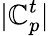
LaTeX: |\mathbb{C}_{p}^{t}|